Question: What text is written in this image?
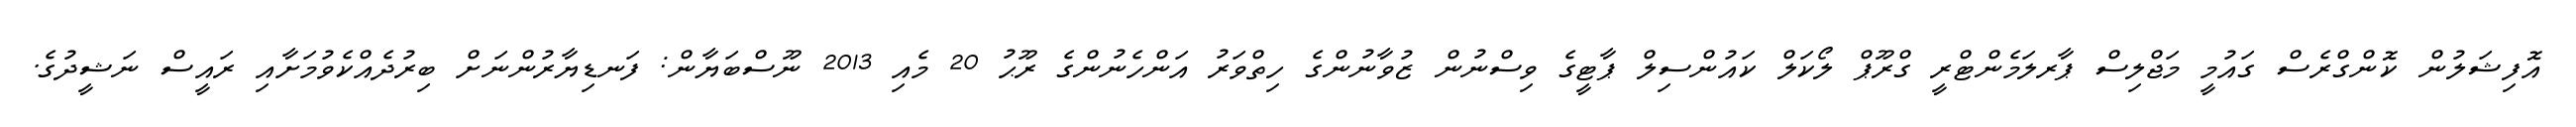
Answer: އޮފިޝަލުން ކޮންގްރެސް ގައުމީ މަޖްލިސް ޕާރލަމެންޓްރީ ގްރޫޕް ލޯކަލް ކައުންސިލް ޕާޓީގެ ވިސްނުން ޒުވާނުންގެ ހިތްވަރު އަންހެނުންގެ ރޫޙު 20 މެއި 2013 ނޫސްބަޔާން: ފަނޑިޔާރުންނަށް ބިރުދެއްކެވުމަށާއި ރައީސް ނަޝީދުގެ.